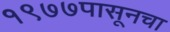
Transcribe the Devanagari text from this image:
१९७७पासूनचा